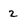
Character: 2